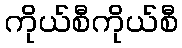
ကိုယ်စီကိုယ်စီ